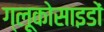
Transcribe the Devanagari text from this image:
ग्लूकोसाइडों